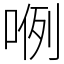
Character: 𭈖